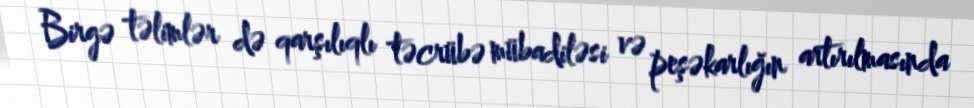
Birgə təlimlər də qarşılıqlı təcrübə mübadiləsi və peşəkarlığın artırılmasında